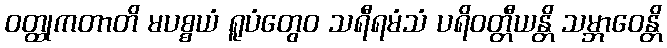
ဝတ္ထုကတာတိ မပစ္စယံ ရူပံတွေဝ သရီရမံသံ ပရိဝတ္တီယန္တိ သမ္ဘာဝေန္တိ